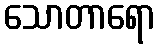
သောတာရော